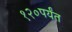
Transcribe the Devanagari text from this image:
१२०पर्यंत